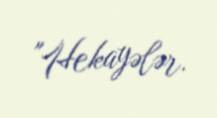
"Hekayələr.